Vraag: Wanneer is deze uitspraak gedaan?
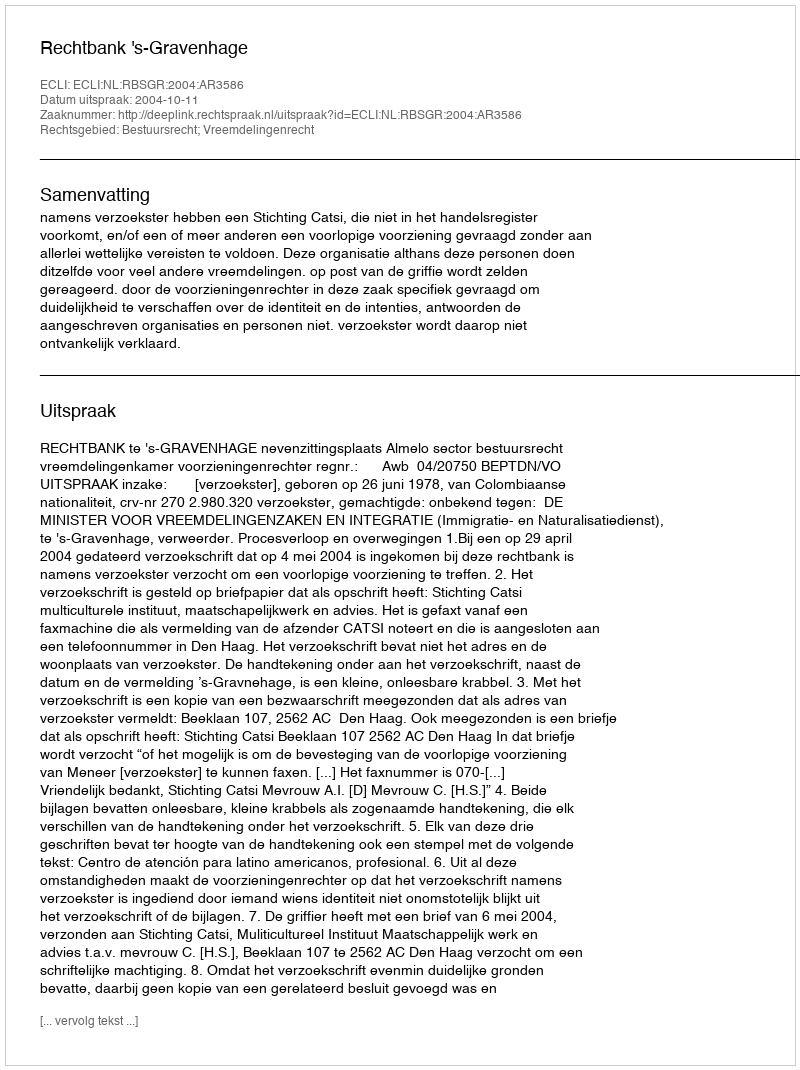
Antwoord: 2004-10-11